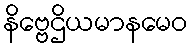
နိဗ္ဗေဌိယမာနမေဝ